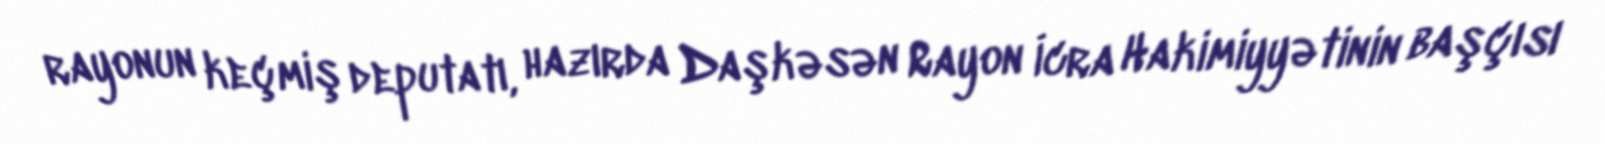
rayonun keçmiş deputatı, hazırda Daşkəsən Rayon İcra Hakimiyyətinin başçısı